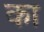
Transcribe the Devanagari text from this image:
का